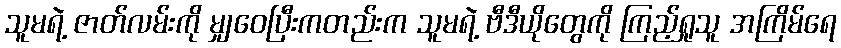
သူမရဲ့ ဇာတ်လမ်းကို မျှဝေပြီးကတည်းက သူမရဲ့ ဗီဒီယိုတွေကို ကြည့်ရှုသူ အကြိမ်ရေ